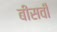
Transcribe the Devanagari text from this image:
बीसवीँ